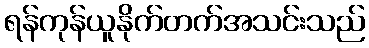
ရန်ကုန်ယူနိုက်တက်အသင်းသည်